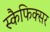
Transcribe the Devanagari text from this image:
स्कैफिक्सर